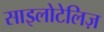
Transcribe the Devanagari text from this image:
साइलोटेलिज़